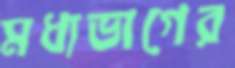
মধ্যভাগের